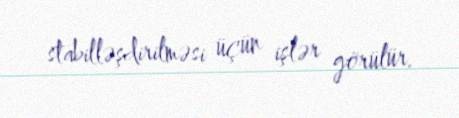
stabilləşdirilməsi üçün işlər görülür.